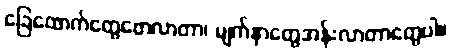
ခြေထောက်တွေဖောလာတာ၊ မျက်နှာတွေအန်းလာတာတွေပါ။